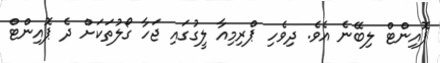
ޕޮއިންޓް ލިބޭނެ އެވެ. ދިވެހި ޕްރިމިއާ ލީގުގައި ޖަހާ ގޯލުތަކަށް ދެ ޕޮއިންޓް